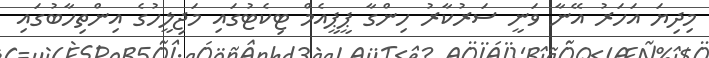
މިދިޔަ އަހަރު އޭނާ ވަނީ ސަރުކާރު ހިންގާ ޕީޕީއެމް ޓިކެޓުގައި މަޖިލީހުގެ އިންތިހާބުގައި